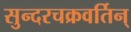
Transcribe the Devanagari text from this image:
सुन्दरचक्रवर्तिन्